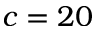
c = 2 0